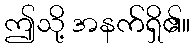
ဤသို့ အနက်ရှိ၏။